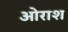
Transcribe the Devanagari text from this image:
ओराश